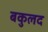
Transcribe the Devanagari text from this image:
बकुलद